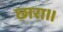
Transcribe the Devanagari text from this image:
छारा॥